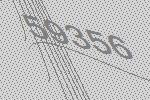
59356